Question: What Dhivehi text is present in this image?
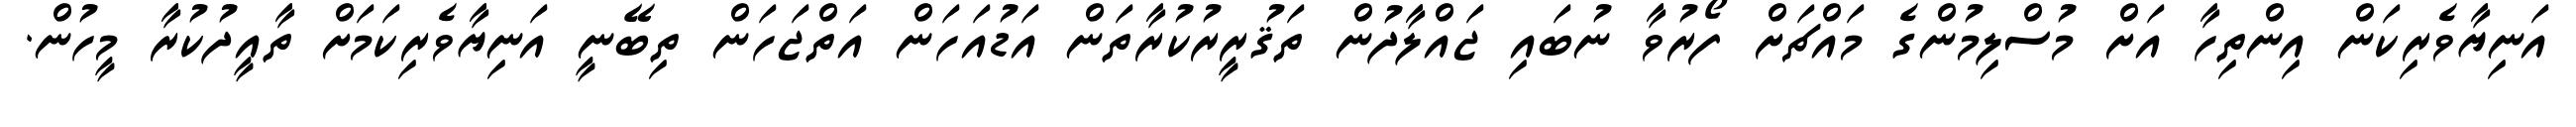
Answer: އަނިޔާވެރިކަން އިންތިހާ އަށް މުސްލިމުންގެ މައްޗަށް ފޯރުވާ ނުބައި ޖައްލާދުން ތަޤުރީރުކުރާތަން އަޑުއަހަން އަތްޖަހަން ތިބޭނީ އަނިޔާވެރިކަމަށް ތާއީދުކުރާ މީހުން.